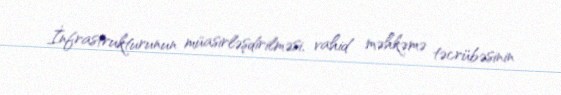
İnfrastrukturunun müasirləşdirilməsi, vahid məhkəmə təcrübəsinin